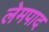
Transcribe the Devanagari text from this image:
लेमपाद